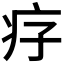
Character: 𤴳